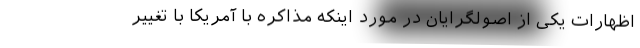
اظهارات یکی از اصولگرایان در مورد اینکه مذاکره با آمریکا با تغییر